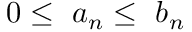
0 \leq \ a _ { n } \leq \ b _ { n }